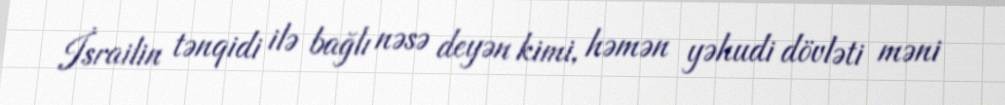
İsrailin tənqidi ilə bağlı nəsə deyən kimi, həmən yəhudi dövləti məni